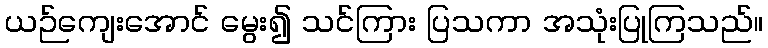
ယဉ်ကျေးအောင် မွေး၍ သင်ကြား ပြသကာ အသုံးပြုကြသည်။